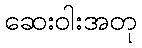
ဆေးဝါးအတု